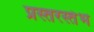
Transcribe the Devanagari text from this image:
प्रस्तरस्तंभ